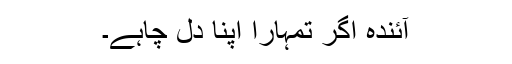
آئندہ اگر تمہارا اپنا دل چاہے۔